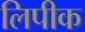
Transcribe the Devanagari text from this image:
लिपीक